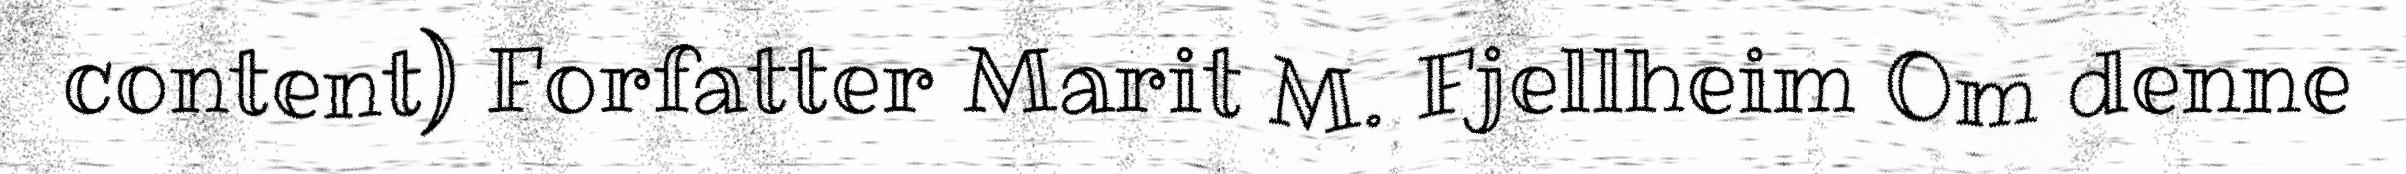
content) Forfatter Marit M. Fjellheim Om denne